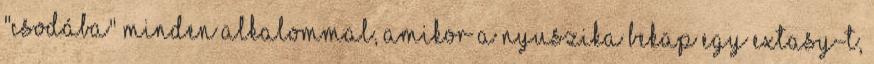
"csodába" Minden alkalommal, amikor a nyuszika bekap egy extasy-t,